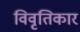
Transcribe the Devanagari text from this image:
विवृतिकार